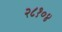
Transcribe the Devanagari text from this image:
२८१०४